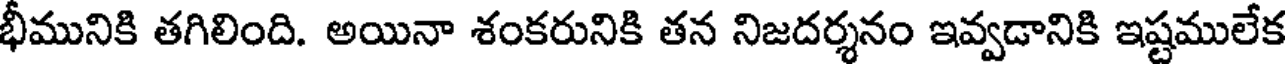
భీమునికి తగిలింది. అయినా శంకరునికి తన నిజదర్శనం ఇవ్వడానికి ఇష్టములేక